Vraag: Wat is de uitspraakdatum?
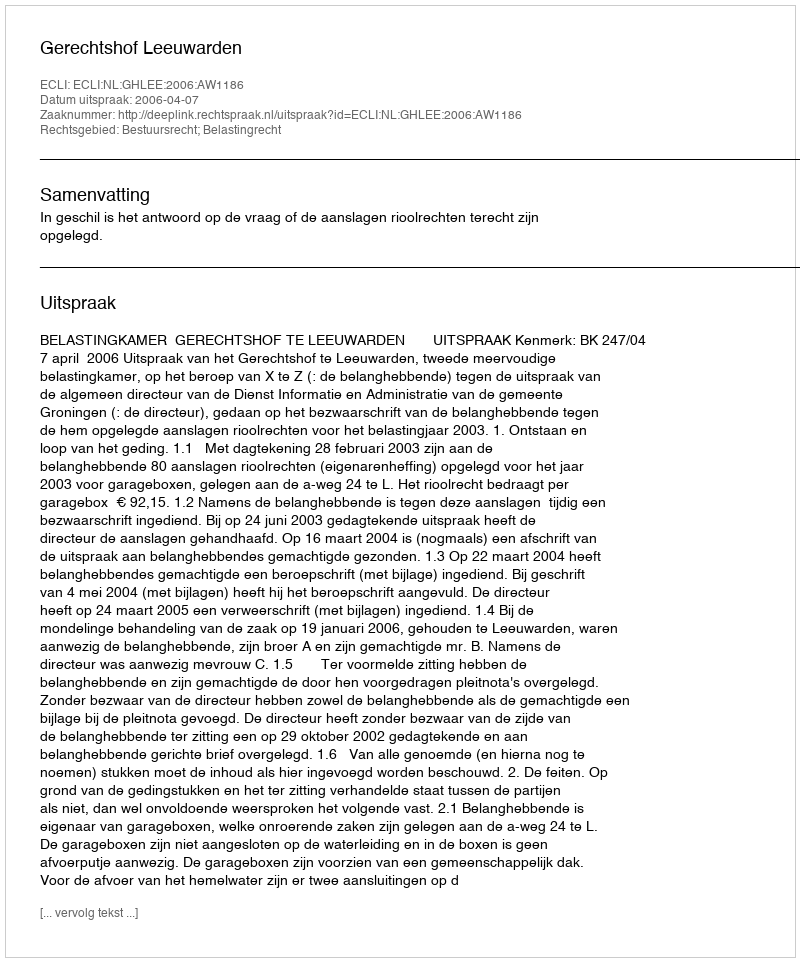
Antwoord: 2006-04-07